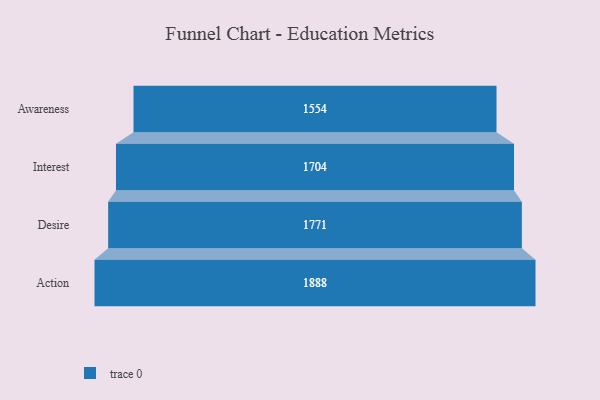
{"axis": {"x": "Stage", "y": "Value"}, "legend": [""], "data": [{"x": "Awareness", "y": 1554.0, "type": ""}, {"x": "Interest", "y": 1704.0, "type": ""}, {"x": "Desire", "y": 1771.0, "type": ""}, {"x": "Action", "y": 1888.0, "type": ""}]}